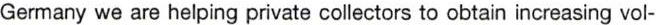
Germany we are helping private collectors to obtain increasing vol-